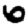
Digit: 6